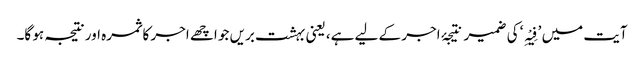
آیت میں ’فِیْہِ‘ کی ضمیر نتیجۂ اجر کے لیے ہے، یعنی بہشت بریں جو اچھے اجر کا ثمرہ اور نتیجہ ہو گا۔